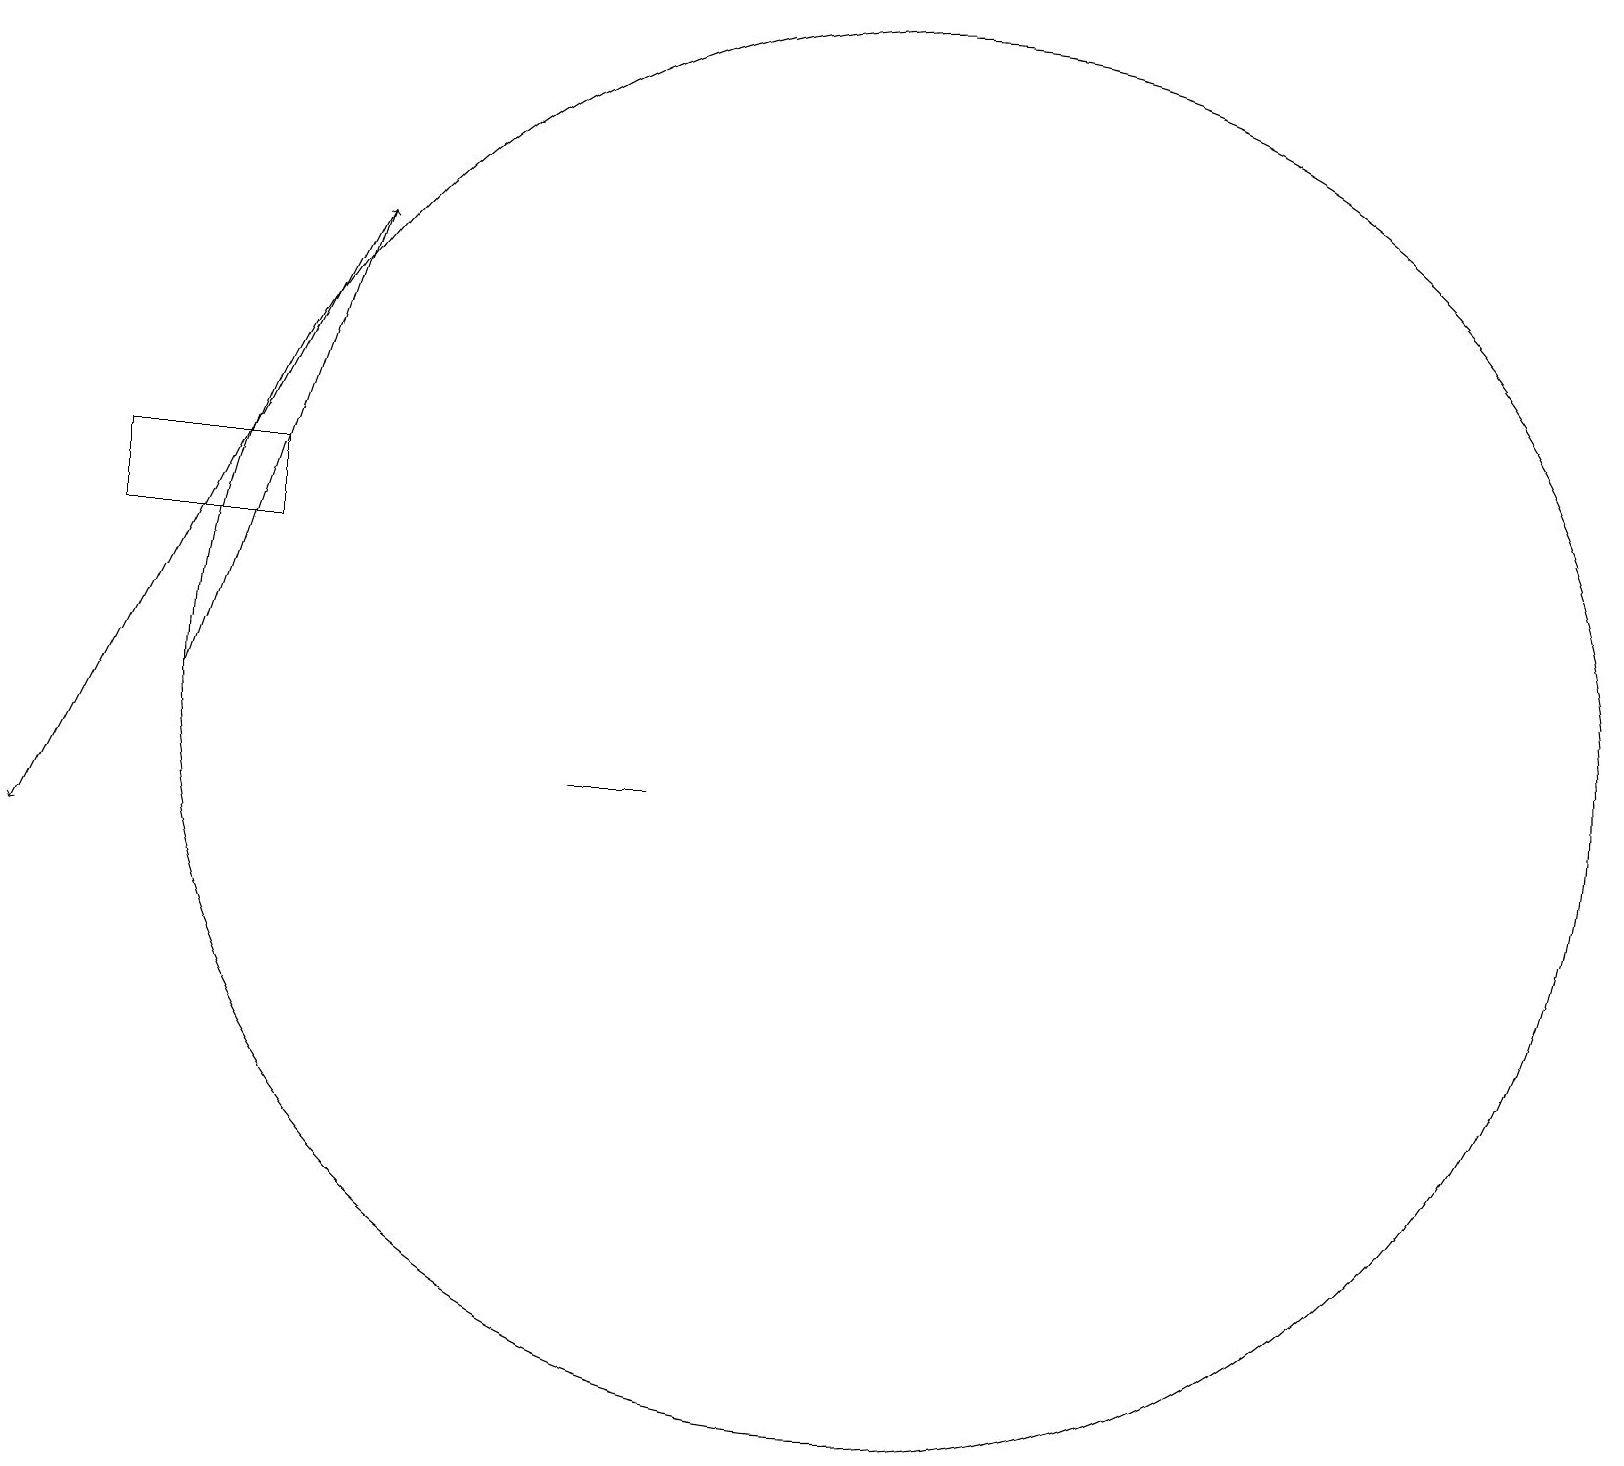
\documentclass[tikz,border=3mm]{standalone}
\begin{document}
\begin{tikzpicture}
\draw[->] (4,18) -- (0,10);
\draw (11,12) circle (9);
\draw (8,11) rectangle (7,11);
\draw[->] (2,12) -- (4,18);
\draw (3,14) rectangle (1,15);
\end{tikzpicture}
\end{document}